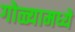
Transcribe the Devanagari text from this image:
गोळ्यामध्ये